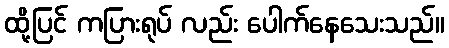
ထို့ပြင် ကပြားရုပ် လည်း ပေါက်နေသေးသည်။